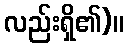
လည်းရှိ၏)။